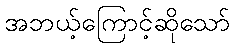
အဘယ့်ကြောင့်ဆိုသော်